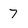
Character: 7